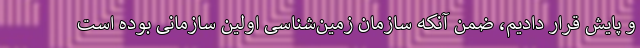
و پایش قرار دادیم، ضمن آنکه سازمان زمین‌شناسی اولین سازمانی بوده است